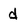
Character: d